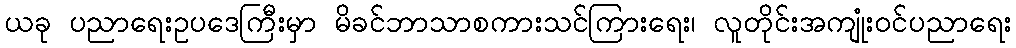
ယခု ပညာရေးဥပဒေကြီးမှာ မိခင်ဘာသာစကားသင်ကြားရေး၊ လူတိုင်းအကျုံးဝင်ပညာရေး